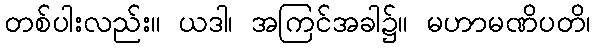
တစ်ပါးလည်း။ ယဒါ၊ အကြင်အခါ၌။ မဟာမဏိပတိ၊